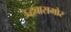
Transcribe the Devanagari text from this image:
उद्धवासमोर